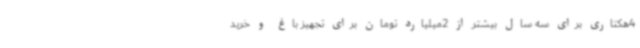
4هکتاری برای سه سال بیشتر از 2میلیارد تومان برای تجهیز باغ و خرید